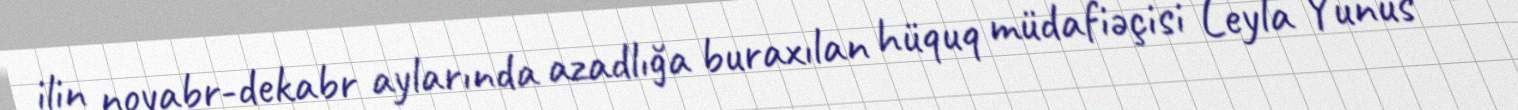
ilin noyabr-dekabr aylarında azadlığa buraxılan hüquq müdafiəçisi Leyla Yunus və